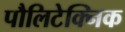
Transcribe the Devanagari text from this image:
पौलिटेक्निक